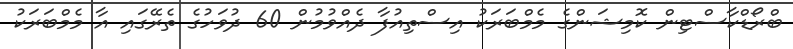
ބްރޯޑްކާސްޓިން ކޮމިޝަންގެ މެމްބަރަކު އިސްތިއުފާ ދެއްވުމުން 60 ދުވަހުގެ ތެރޭގައި އާ މެމްބަރަކު